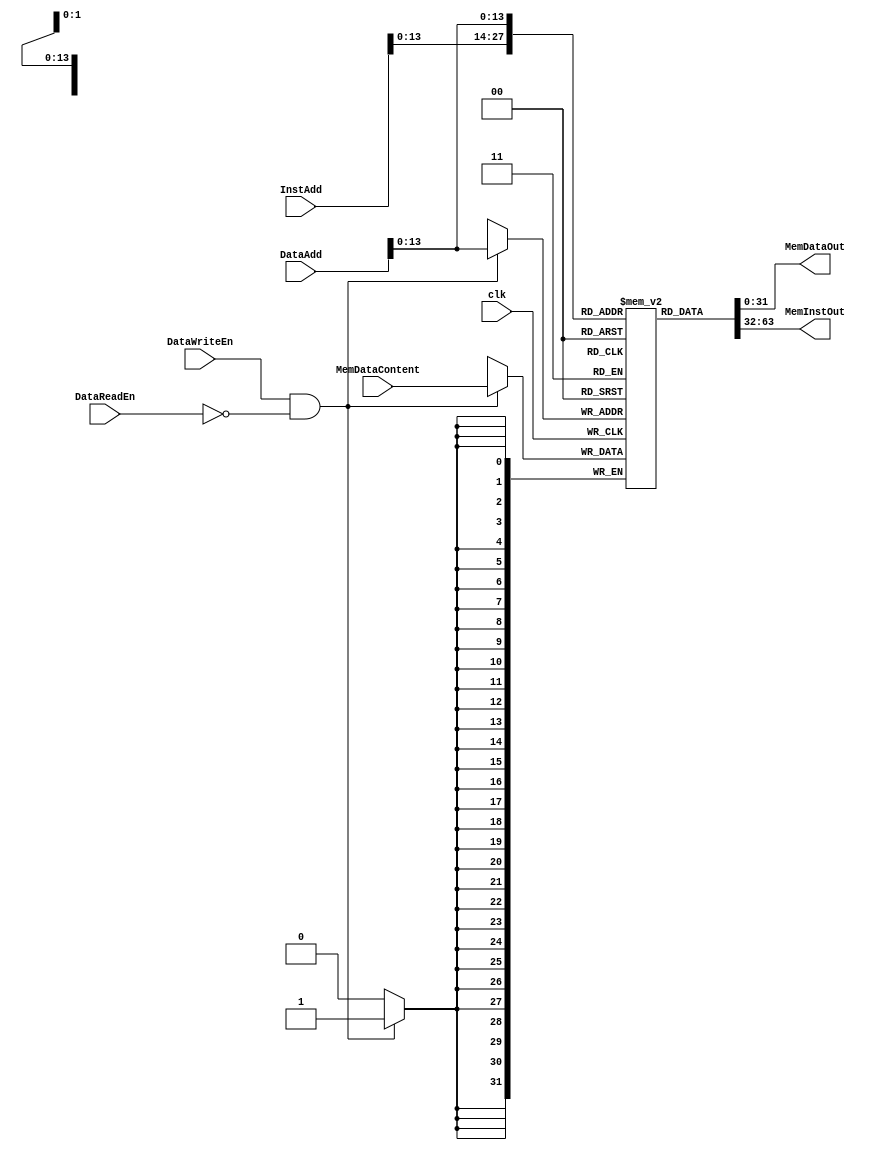
module MemoryModule (
    input wire 	      clk,
    
    input wire [31:0] InstAdd, // Address to fetch instruction from
    input wire [31:0] DataAdd, // Address to fetch data from
    input wire [31:0] MemDataContent,
  
    input wire 	      DataReadEn, // Enables output from memory
    input wire 	      DataWriteEn, // Enables writing to memory at end of cur. cycle

    output wire [31:0] MemDataOut, // Data from memory
    output wire [31:0] MemInstOut // Instruction from memory		   
);

   reg [31:0] 	       mem [8192:0]; // 32 KiB memory

   initial begin
      
   end

   always @(posedge clk) begin
      if (DataWriteEn & !DataReadEn) begin
	 mem[DataAdd] = MemDataContent;
      end
   end
   
   assign MemInstOut = mem[InstAdd];
   assign MemDataOut = mem[DataAdd];
      
endmodule